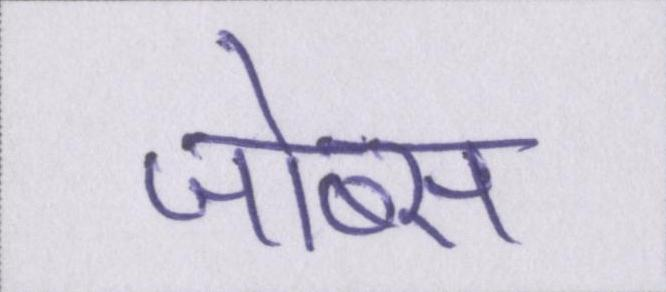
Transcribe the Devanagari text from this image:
जोब्स